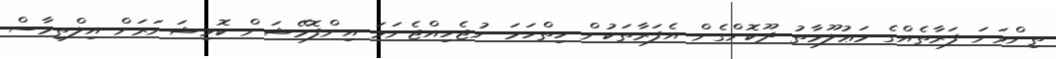
ތިންވަނަ ފަރާތެއްގެ މަޢުލޫމާތު ދޫކޮށްގެން އެފަރާތަކުން ހިތްހަމަ ނުޖެހިއްޖެނަމަ އިންފޮމޭޝަން ކޮމިޝަނަރަށް އިލްތިމާސް